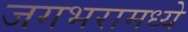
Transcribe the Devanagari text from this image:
जगभरामध्ये